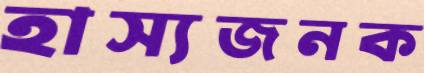
হাস্যজনক